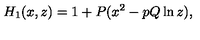
H _ { 1 } ( x , z ) = 1 + P ( x ^ { 2 } - p Q \ln z ) ,